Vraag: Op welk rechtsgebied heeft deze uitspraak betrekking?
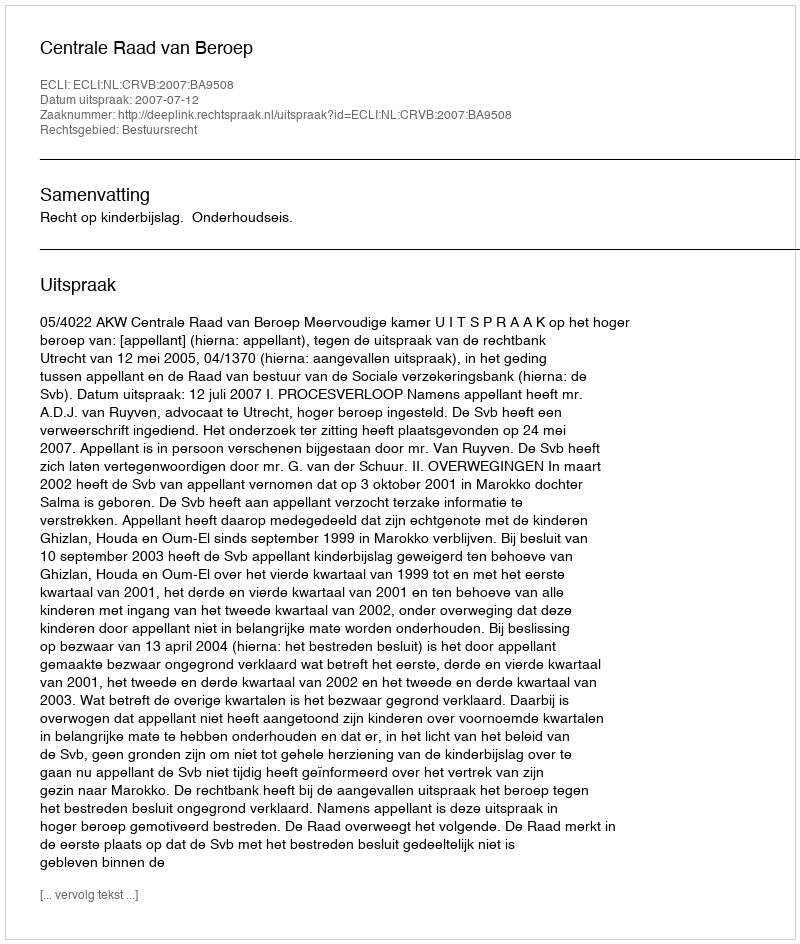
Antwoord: Bestuursrecht